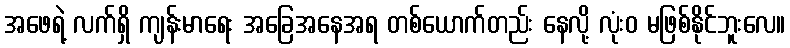
အဖေရဲ့ လက်ရှိ ကျန်းမာရေး အခြေအနေအရ တစ်ယောက်တည်း နေလို့ လုံးဝ မဖြစ်နိုင်ဘူးလေ။